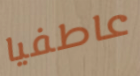
عاطفيا